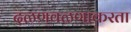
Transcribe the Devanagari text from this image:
दळणवळणाकरता